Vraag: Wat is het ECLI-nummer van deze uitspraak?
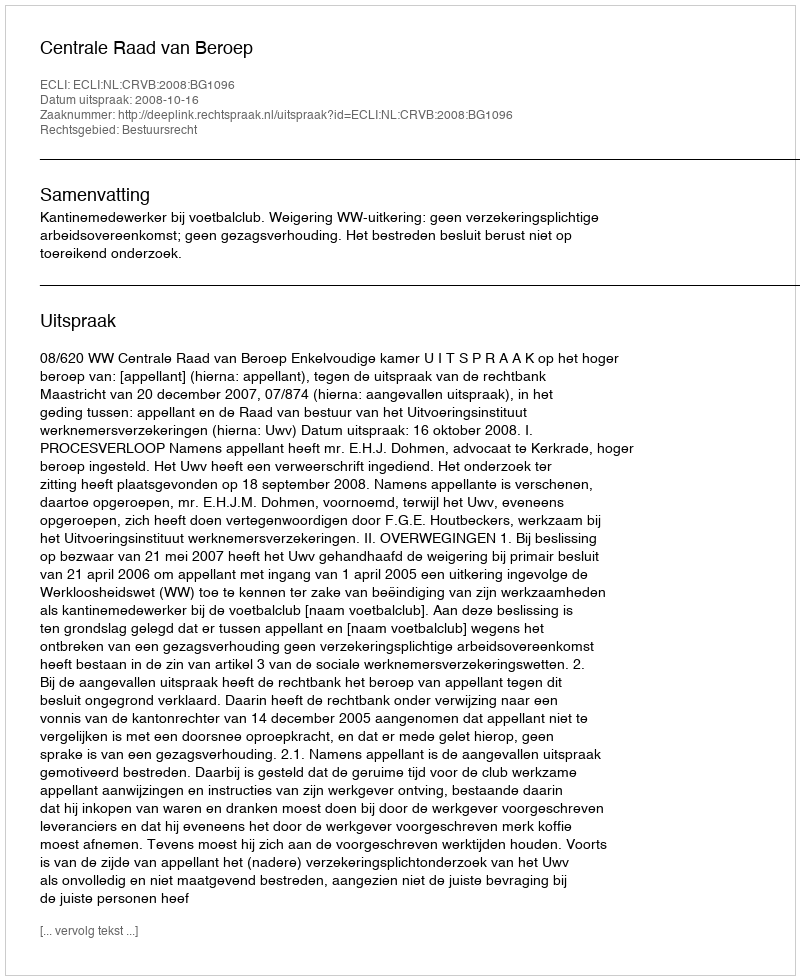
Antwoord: ECLI:NL:CRVB:2008:BG1096